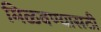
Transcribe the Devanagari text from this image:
मिळवण्यासठी